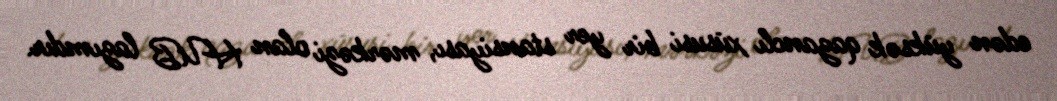
edən yüksək qazanclı xüsusi bir yer stansiyası, mərkəzi olan HUB lazımdır.